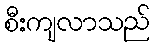
စီးကျလာသည်